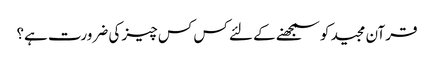
قرآن مجید کو سمجھنے کے لئے کس کس چیز کی ضرورت ہے؟